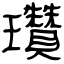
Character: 瓚